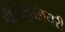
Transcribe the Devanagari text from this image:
ऑक्ज़िलियरी